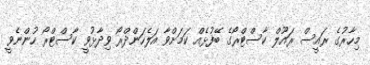
މިހާރުގެ ރައީސް ރައޫލް ކާސްޓްރޯގެ ބޭފުޅެއް ކަމަށްވާ އަލެހަންދްރޯ ވިދާޅުވީ ކާސްޓްރޯ ހުންނެވީ